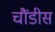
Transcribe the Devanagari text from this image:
चौंडीस